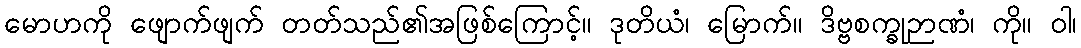
မောဟကို ဖျောက်ဖျက် တတ်သည်၏အဖြစ်ကြောင့်။ ဒုတိယံ၊ မြောက်။ ဒိဗ္ဗစက္ခုဉာဏံ၊ ကို။ ဝါ၊